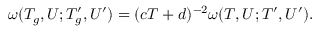
\omega ( T _ { g } , U ; T _ { g } ^ { \prime } , U ^ { \prime } ) = ( c T + d ) ^ { - 2 } \omega ( T , U ; T ^ { \prime } , U ^ { \prime } ) .